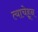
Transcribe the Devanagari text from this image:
त्याचेहून